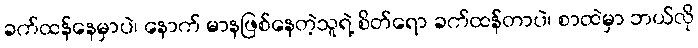
ခက်ထန်နေမှာပဲ၊ နောက် မာနဖြစ်နေတဲ့သူရဲ့ စိတ်ရော ခက်ထန်တာပဲ၊ စာထဲမှာ ဘယ်လို